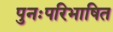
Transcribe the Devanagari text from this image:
पुनःपरिभाषित